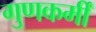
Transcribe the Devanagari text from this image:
गुणकर्मीं